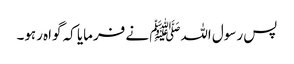
پس رسول اللہﷺ نے فرمایا کہ گواہ رہو۔